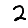
Digit: 2